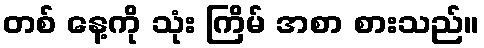
တစ် နေ့ကို သုံး ကြိမ် အစာ စားသည်။